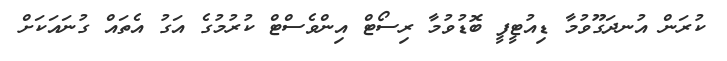
ކުރަން އުނދަގޫވުމާ ޑިއުޓީފީ ބޮޑުވުމާ ރިސޯޓް އިންވެސްޓް ކުރުމުގެ އަގު އެތައް ގުނައަކަށް